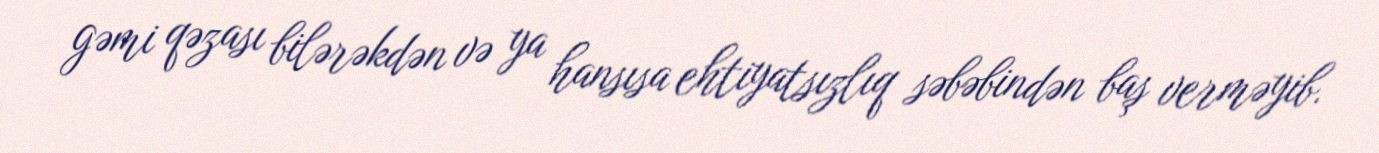
gəmi qəzası bilərəkdən və ya hansısa ehtiyatsızlıq səbəbindən baş verməyib.